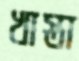
খাস্তা